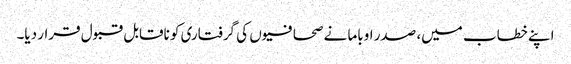
اپنے خطاب میں، صدر اوباما نے صحافیوں کی گرفتاری کو ناقابل قبول قرار دیا۔